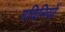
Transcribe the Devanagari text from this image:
गविनियों